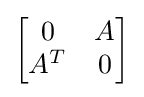
\left[{\begin{matrix}0&A\\A^{T}&0\end{matrix}}\right]